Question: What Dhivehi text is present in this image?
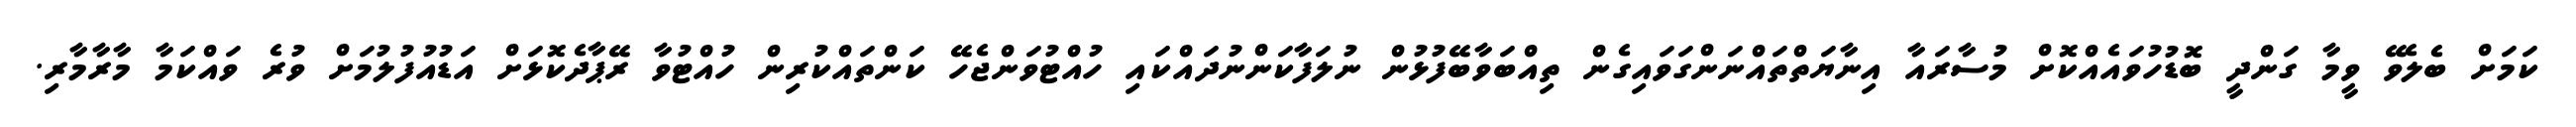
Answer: ކަމަށް ބެލެވޭ ވީމާ ގަންދީ ބޮޑުހުވައެއްކޮށް މުސާރައާ އިނާޔަތްތައްނަންގަވައިގެން ތިއްބަވާބޭފުޅުން ނުލަފާކަންނުދައްކައި ހުއްޓުވަންޖެހޭ ކަންތައްކުރިން ހުއްޓުވާ ރޭޕާދެކޮޅަށް އަޑުއުފުލުމަށް ވުރެ ވައްކަމާ މާރާމާރި.